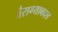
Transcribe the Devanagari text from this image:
वैराग्याबद्दल